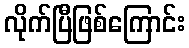
လိုက်ပြီဖြစ်ကြောင်း